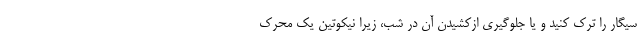
سیگار را ترک کنید و یا جلوگیری ازکشیدن آن در شب، زیرا نیکوتین یک محرک